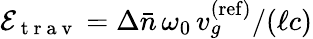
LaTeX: \mathcal{E}_{\mathrm{~t~r~a~v~}}=\Delta\bar{n}\, \omega_{0}\, v_{g}^{\mathrm{(ref)}}/(\ell c)